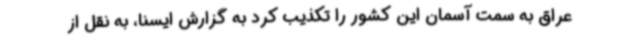
عراق به سمت آسمان این کشور را تکذیب کرد به گزارش ایسنا، به نقل از